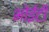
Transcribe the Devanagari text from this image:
भोईटी